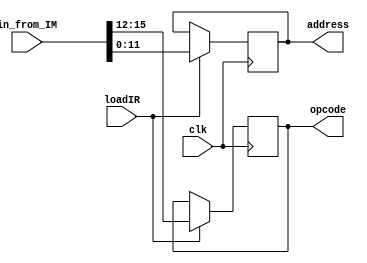
`timescale 1ns / 1ps


module instruction_register(
                             input clk,                 // 16bit
                             input loadIR,
                             input [15:0] in_from_IM,
                             output [11:0] address,
                             output [3:0] opcode                       
                              );
                              
reg [11:0] address_reg;
reg [3:0] opcode_reg;                       
    
always@(posedge clk )                          
    if(loadIR)
    begin
        address_reg <= in_from_IM[11:0];
        opcode_reg  <= in_from_IM[15:12];                        
    end                          
                              
 assign address = address_reg;
 assign opcode = opcode_reg;                            
                             
                             
                             
                             
                             
                             
endmodule